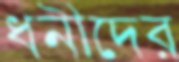
ধনীদের